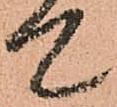
て